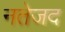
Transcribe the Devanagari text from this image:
नतेजद